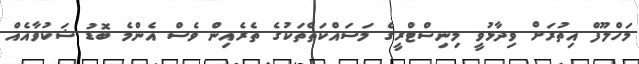
މަހްލޫފް އިތުރަށް ވިދާޅުވީ މިނިސްޓްރީގެ މަސައްކަތްތަކުގެ ތެރެއިން ވެސް އެންމެ ބޮޑު ޝަކުވާއެއް